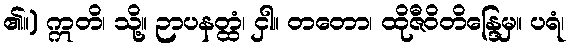
၏။) ဣတိ၊ သို့။ ဉာပနတ္ထံ၊ ငှါ။ တတော၊ ထိုဇီဝိတိန္ဒြေမှ။ ပရံ၊